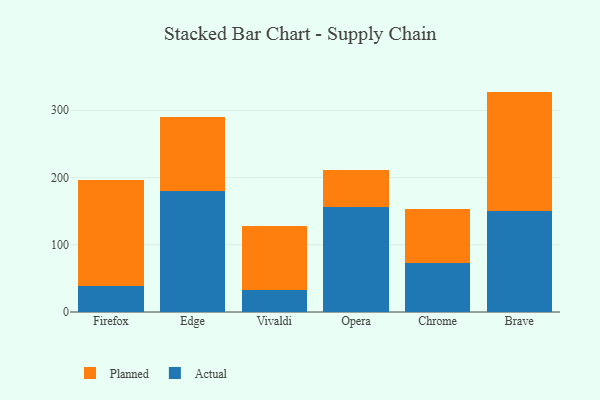
{"axis": {"x": "Browser", "y": "Conversion Rate (%)"}, "legend": ["Actual", "Planned"], "data": [{"x": "Firefox", "y": 38.1, "type": "Actual"}, {"x": "Firefox", "y": 158.4, "type": "Planned"}, {"x": "Edge", "y": 179.9, "type": "Actual"}, {"x": "Edge", "y": 110.0, "type": "Planned"}, {"x": "Vivaldi", "y": 32.9, "type": "Actual"}, {"x": "Vivaldi", "y": 95.5, "type": "Planned"}, {"x": "Opera", "y": 155.8, "type": "Actual"}, {"x": "Opera", "y": 55.5, "type": "Planned"}, {"x": "Chrome", "y": 72.2, "type": "Actual"}, {"x": "Chrome", "y": 80.3, "type": "Planned"}, {"x": "Brave", "y": 149.6, "type": "Actual"}, {"x": "Brave", "y": 178.2, "type": "Planned"}]}